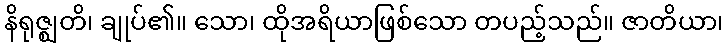
နိရုဇ္ဈတိ၊ ချုပ်၏။ သော၊ ထိုအရိယာဖြစ်သော တပည့်သည်။ ဇာတိယာ၊